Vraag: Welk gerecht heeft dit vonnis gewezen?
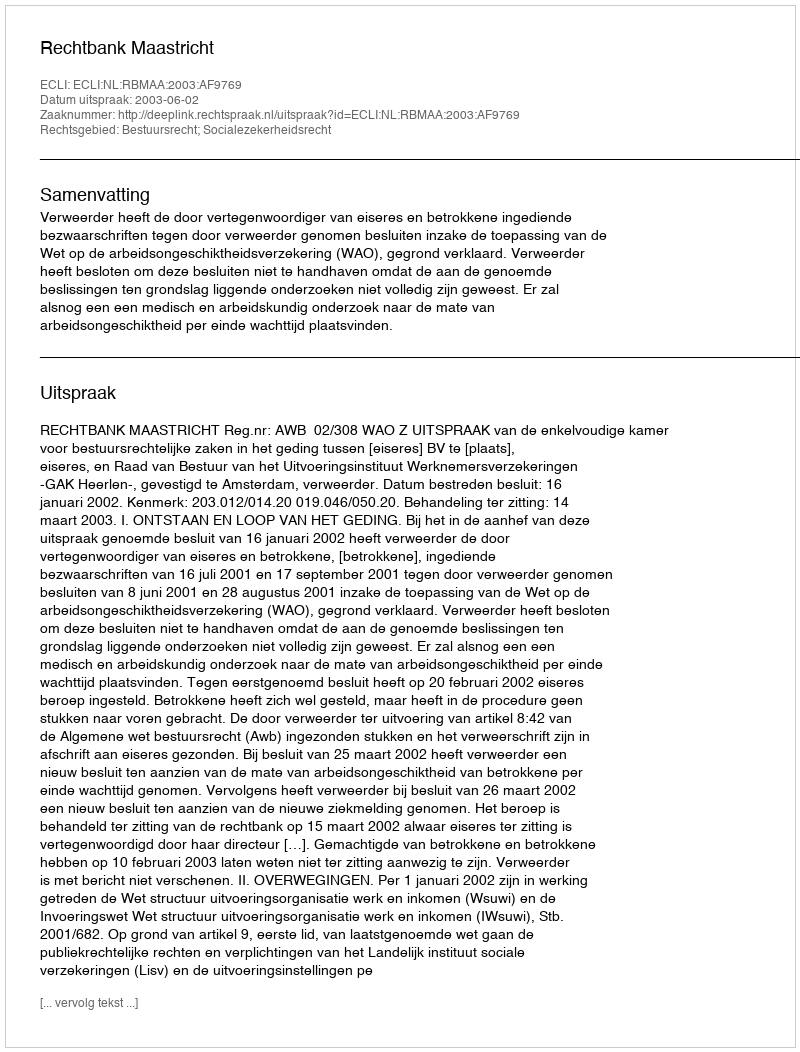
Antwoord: Rechtbank Maastricht